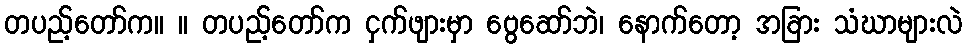
တပည့်တော်က။ ။ တပည့်တော်က ငှက်ဖျားမှာ ဗွေဆော်ဘဲ၊ နောက်တော့ အခြား သံဃာများလဲ